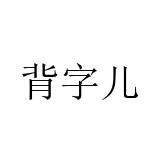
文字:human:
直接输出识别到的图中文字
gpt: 背字儿